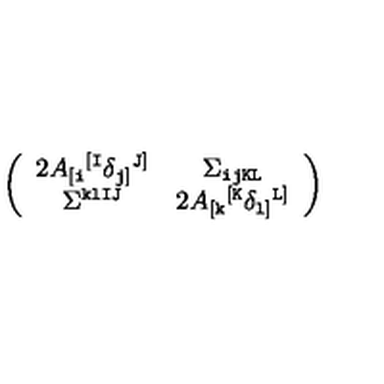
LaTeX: \left( \begin{array} { c c } { 2 A _ { [ { \tt i } } { } ^ { [ { \tt I } } \delta _ { { \tt j } ] } { } ^ { { \tt J } ] } } & { \Sigma _ { \tt i j K L } } \\ { \Sigma ^ { \tt k l I J } } & { 2 A _ { [ { \tt k } } { } ^ { [ { \tt K } } \delta _ { { \tt l } ] } { } ^ { { \tt L } ] } } \\ \end{array} \right)